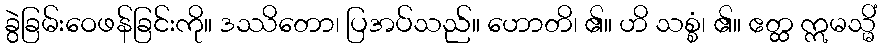
ခွဲခြမ်းဝေဖန်ခြင်းကို။ ဒဿိတော၊ ပြအပ်သည်။ ဟောတိ၊ ၏။ ဟိ သစ္စံ၊ ၏။ ဧတ္ထ ဣမသ္မိံ